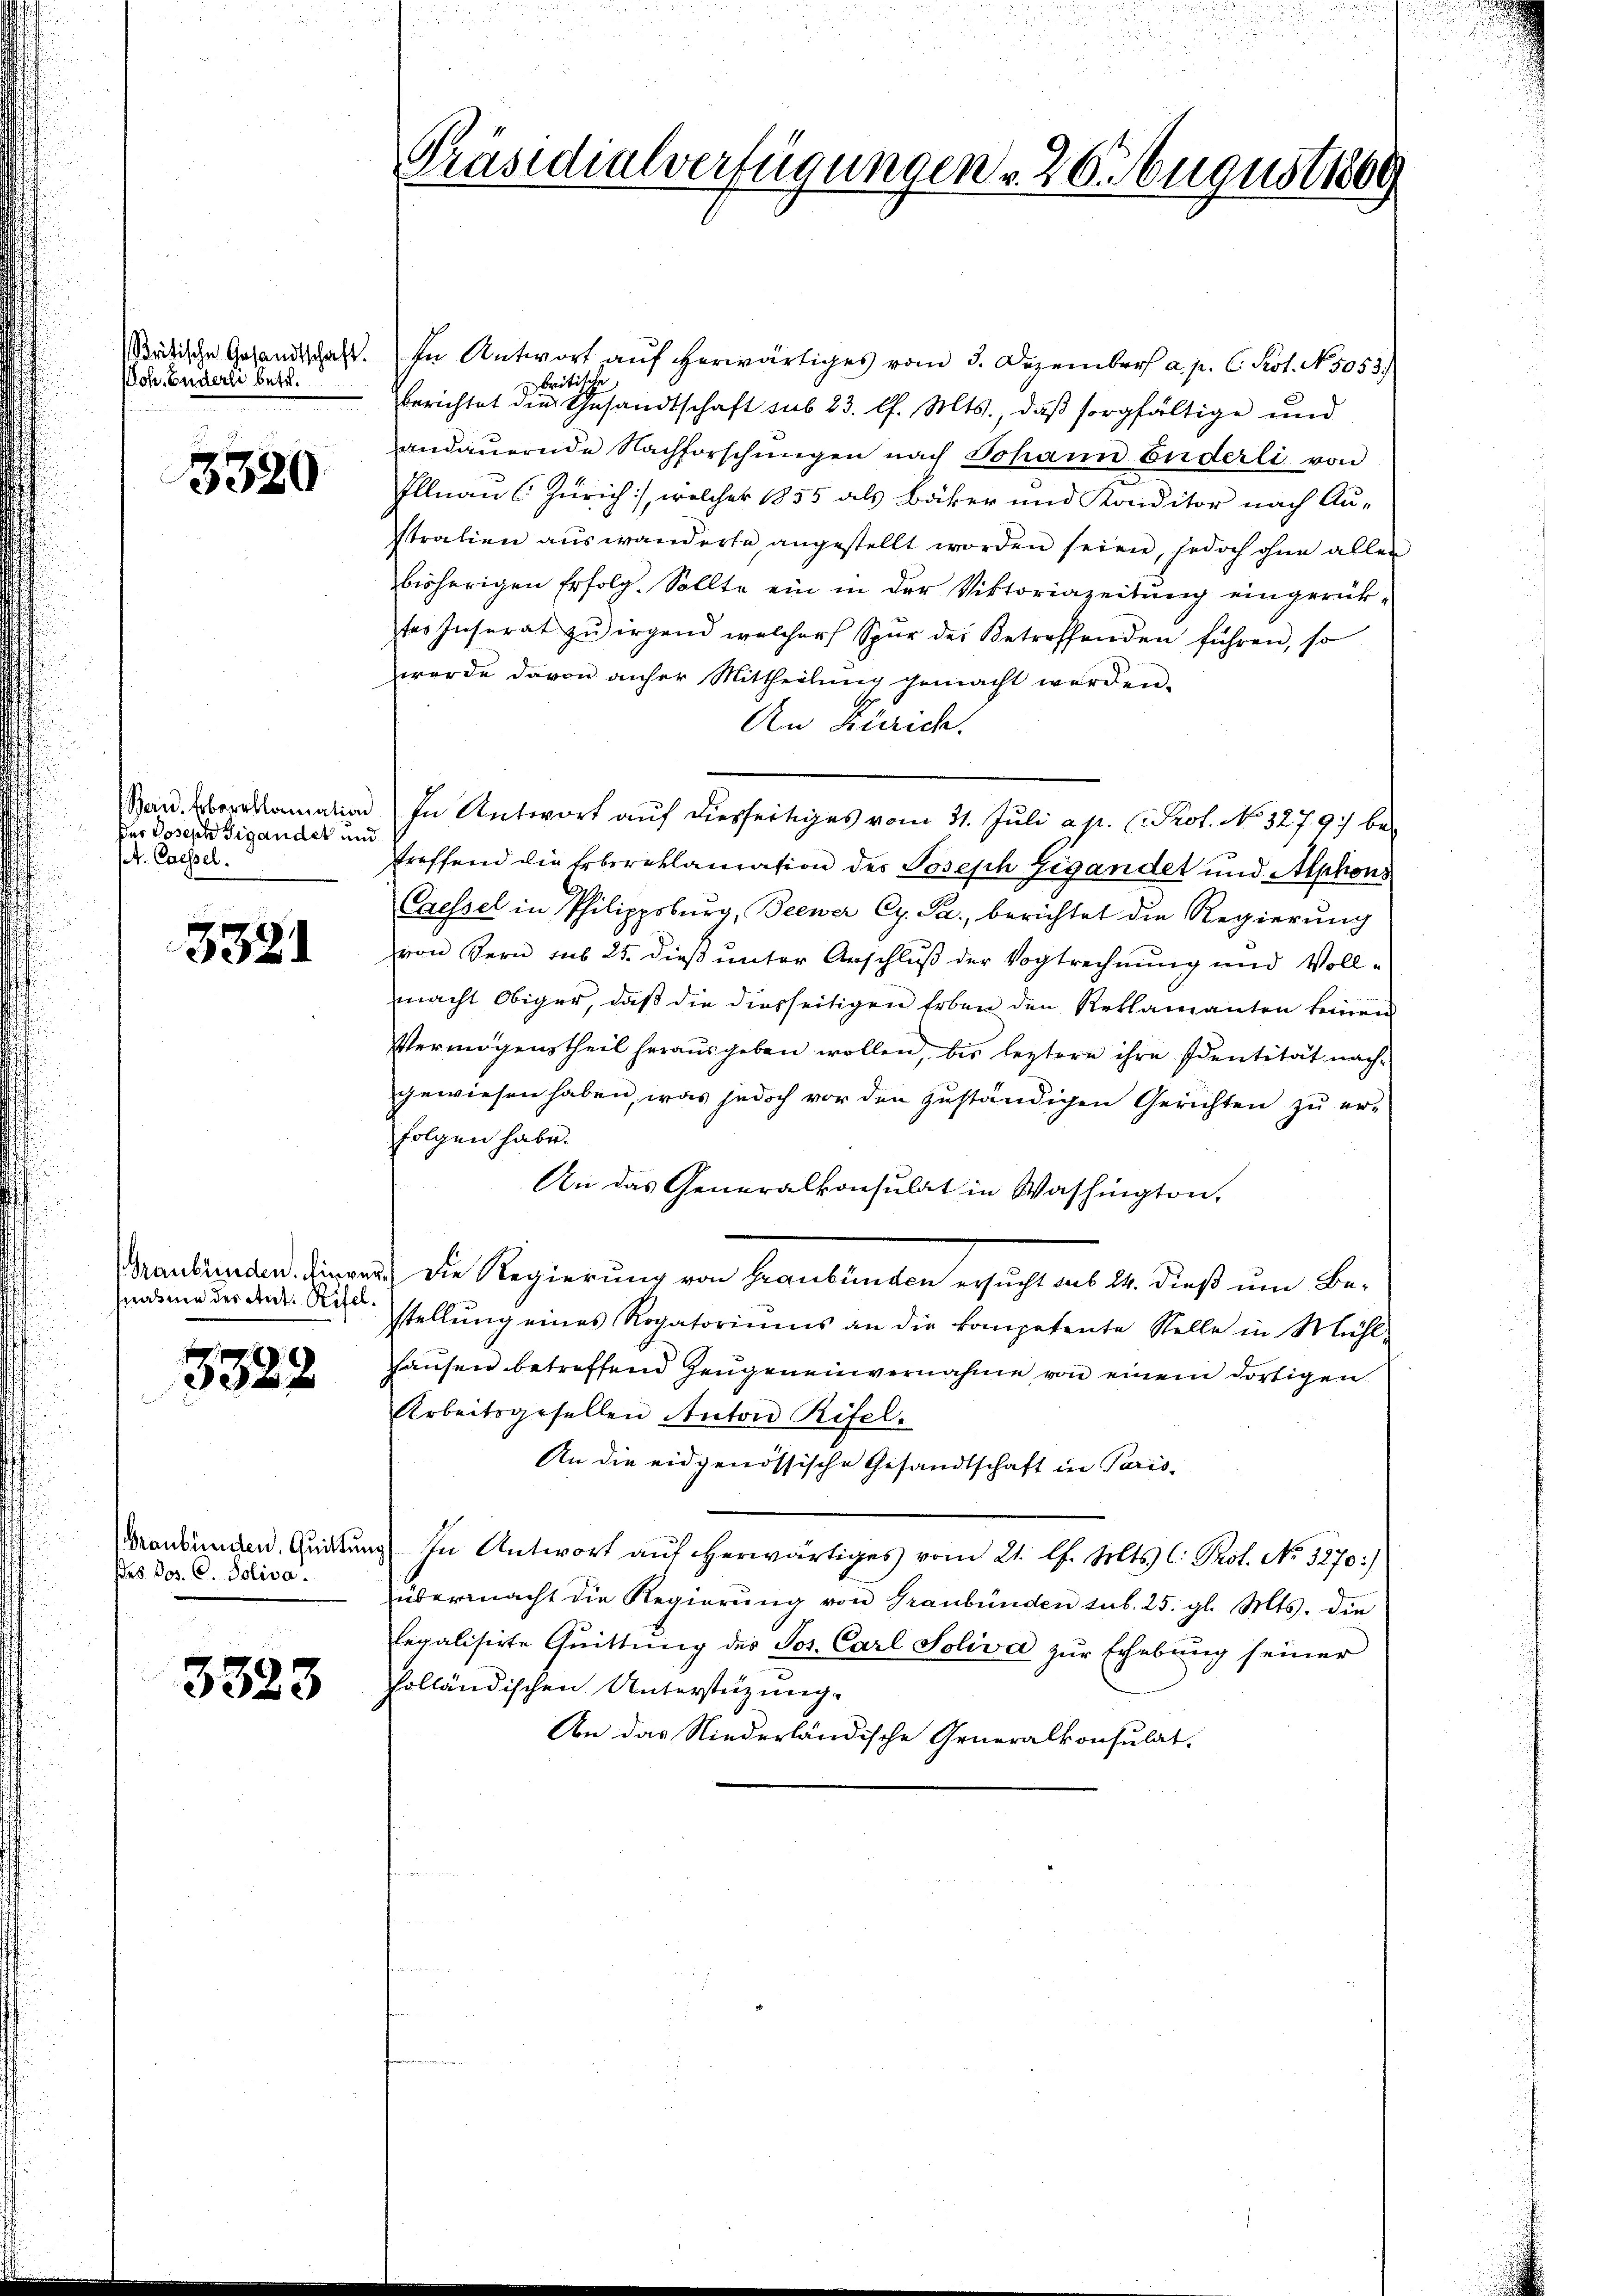
Moh. Enderli betr.

3320

Bern. Erboroklamation
der Joseph Sigandet und
/d. Cassel.

3381

snahme des Ant. Stifel.

3328

des Pos. C. Soliva

3323

Städtische Gesandtschaft. In Antwort auf erwärtiges vom 3. Dezember a. p. C. Prot. N. 5053.)
britische
berichtet die Gesandtschaft sub 23. l. Mts., daβ sorgfältige und
andaŭernde Nachforschungen nach Johann Enderli von
Illnau (Zürich), welcher 1855 als Bäker und Konditor nach Au-
stralien auswanderte angestellt worden seien, jedoch ohne allen
bisherigen Erfolg. Sollte ein in der Viktoriazeitŭng eingerück-
tes Inserat zŭ irgend welcher Spur der Betreffenden führen, so
wurde davon anher Mittheilŭng gemacht werden.
An Zürich.
In Antwort auf diesseitiges vom 31. Juli a. p. Prof. No 3279. betreffend die Erbereklamation des Posesch Gigandet und Alphons
Caessel in Philippsburg, Seewer Cy. Pa., berichtet die Regierung
von Sern sub 25. dieß unter Anschluß der Vogtrechnung und Vollmacht Obiger, daß die diesseitigen Erben den Reklamanten keinen
Vermögenstheil herausgeben wollen, bis leztere ihre Identität nachgewiesen haben, was jedoch vor den zuständigen Gerichten zu er-
folgen habe.
An das Generalkonsulat in Washington,
Graubünden. Einweg die Regierung von Graubünden ersucht aus 24. dieß um Bestellŭng eines Rogatoriŭms an die kompetente Stelle in Mühl-
hausen betreffend Zeugeneinvernahme von einem dortigen
Arbeitsgesellen Anton Rifel-
An die eidgenössische Gesandtschaft in Paris¬
Brandungen. Quitung. In Antwort auf herwärtiges vom 21. l. Mts. C. Prof. No. 3270:/
übermacht die Regierŭng von Graubünden sub. 25. gl. Mts. die
legalisirte Quittung des Sos. Carl Soliva zur Erhebung seiner
Polländischen Unterstüzung.
An das Niederländische Generalkonsulat.

n
u

Präsidialverfügungen . 26. August 1869

.
u